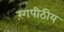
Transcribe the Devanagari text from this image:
रंगपीठीय